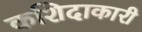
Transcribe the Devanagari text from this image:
कशिदाकारी